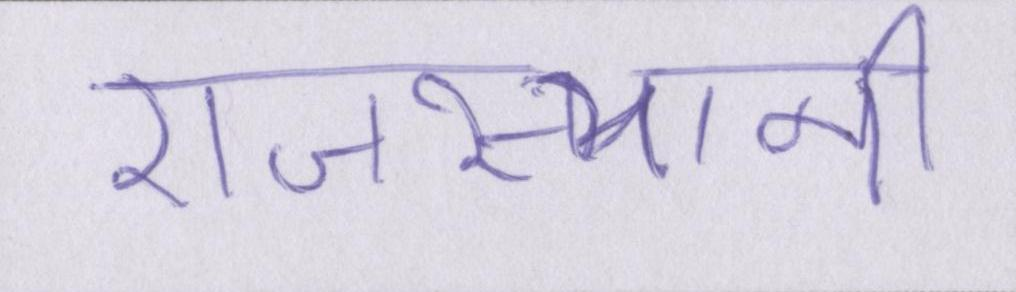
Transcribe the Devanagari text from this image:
राजस्थानी